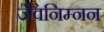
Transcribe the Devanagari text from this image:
जैवनिम्नन